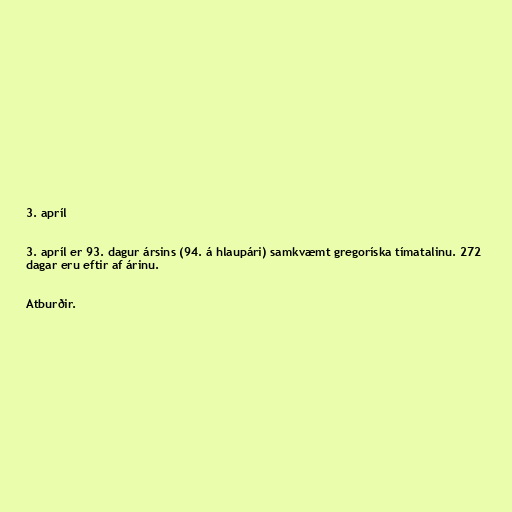
3. apríl

3. apríl er 93. dagur ársins (94. á hlaupári) samkvæmt gregoríska tímatalinu. 272
dagar eru eftir af árinu.

Atburðir.